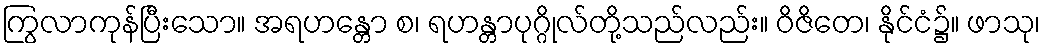
ကြွလာကုန်ပြီးသော။ အရဟန္တော စ၊ ရဟန္တာပုဂ္ဂိုလ်တို့သည်လည်း။ ဝိဇိတေ၊ နိုင်ငံ၌။ ဖာသု၊